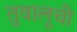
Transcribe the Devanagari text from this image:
तुवालूची